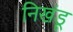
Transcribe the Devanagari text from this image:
निखंडू